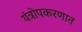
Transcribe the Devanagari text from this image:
यंत्रोपकरणात